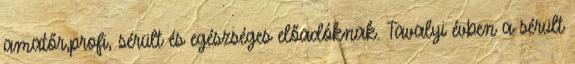
amatőr,profi, sérült és egészséges előadóknak. Tavalyi évben a sérült